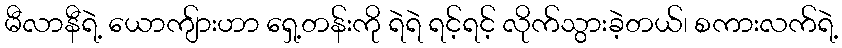
မီလာနီရဲ့ ယောကျ်ားဟာ ရှေ့တန်းကို ရဲရဲ ရင့်ရင့် လိုက်သွားခဲ့တယ်၊ စကားလက်ရဲ့